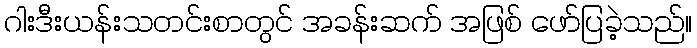
ဂါးဒီးယန်းသတင်းစာတွင် အခန်းဆက် အဖြစ် ဖော်ပြခဲ့သည်။